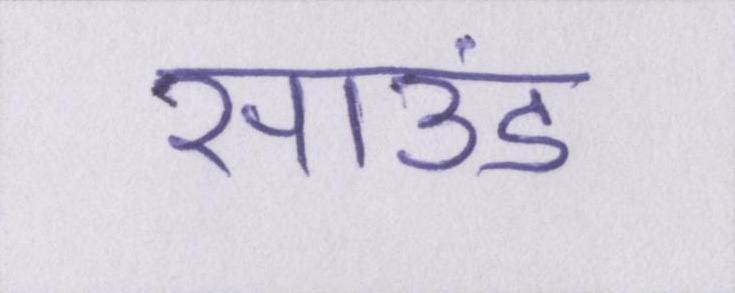
साउंड